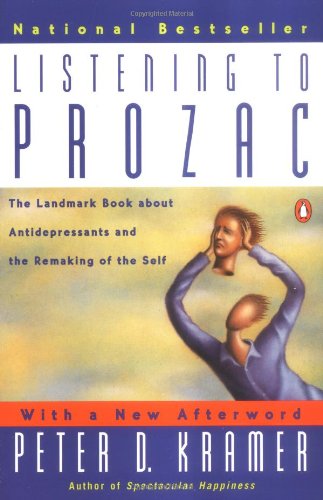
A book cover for Listening to Prozac: The Landmark Book About Antidepressants and the Remaking of the Self, Revised Edition; Peter D. Kramer; Medical Books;